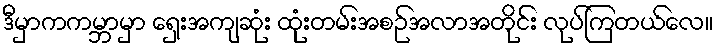
ဒီမှာကကမ္ဘာမှာ ရှေးအကျဆုံး ထုံးတမ်းအစဉ်အလာအတိုင်း လုပ်ကြတယ်လေ။